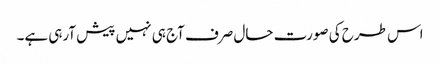
اس طرح کی صورت حال صرف آج ہی نہیں پیش آرہی ہے۔